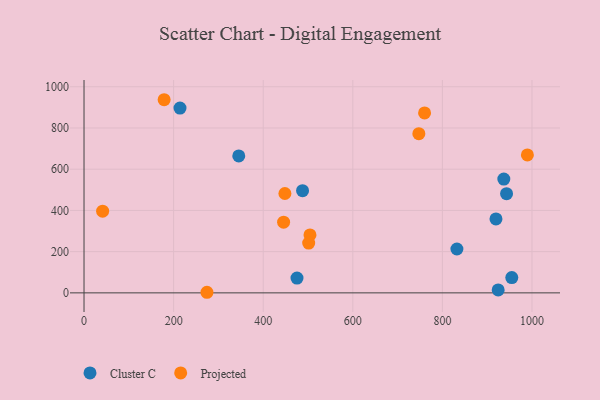
{"axis": {"x": "Distance", "y": "Yield"}, "legend": ["Cluster C", "Projected"], "data": [{"x": "919.6", "y": 358.7, "type": "Cluster C"}, {"x": "924.5", "y": 14.5, "type": "Cluster C"}, {"x": "954.9", "y": 74.1, "type": "Cluster C"}, {"x": "832.4", "y": 212.9, "type": "Cluster C"}, {"x": "214.2", "y": 896.4, "type": "Cluster C"}, {"x": "345.4", "y": 664.4, "type": "Cluster C"}, {"x": "487.8", "y": 495.9, "type": "Cluster C"}, {"x": "943.2", "y": 481.5, "type": "Cluster C"}, {"x": "937.1", "y": 552.1, "type": "Cluster C"}, {"x": "475.4", "y": 71.9, "type": "Cluster C"}, {"x": "178.8", "y": 937.1, "type": "Projected"}, {"x": "274.4", "y": 2.9, "type": "Projected"}, {"x": "747.4", "y": 772.2, "type": "Projected"}, {"x": "504.4", "y": 281.3, "type": "Projected"}, {"x": "760.2", "y": 872.9, "type": "Projected"}, {"x": "445.5", "y": 342.8, "type": "Projected"}, {"x": "989.7", "y": 669.1, "type": "Projected"}, {"x": "501.5", "y": 241.8, "type": "Projected"}, {"x": "448.4", "y": 482.1, "type": "Projected"}, {"x": "41.5", "y": 396.5, "type": "Projected"}]}